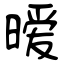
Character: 暧